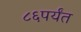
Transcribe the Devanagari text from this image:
८६पर्यंत